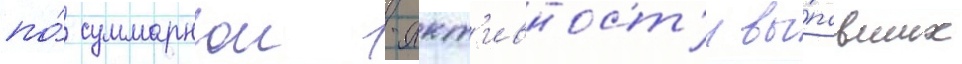
по́ суммарнои -акт'ивност'и вы́павших